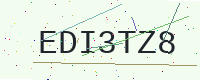
Text: EDI3TZ8